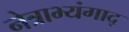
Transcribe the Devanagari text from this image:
नेत्राभ्यंगाद्